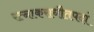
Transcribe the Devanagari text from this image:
रत्नाकराधौतपदां